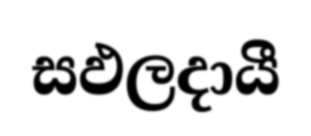
සඵලදායී